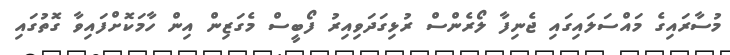
މުސާރައިގެ މައްސަލައިގައި ޖެނިފާ ލޯރެންސް ރުޅިގަދަވިއިރު ފޯބީސް މެގަޒިން އިން ހާމަކޮށްފައިވާ ގޮތުގައި